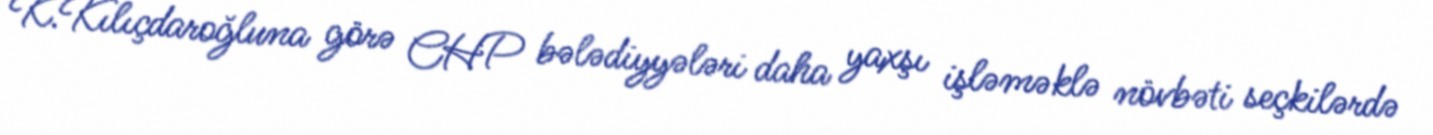
K.Kılıçdaroğluna görə CHP bələdiyyələri daha yaxşı işləməklə növbəti seçkilərdə